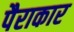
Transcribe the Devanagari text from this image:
पैराकार